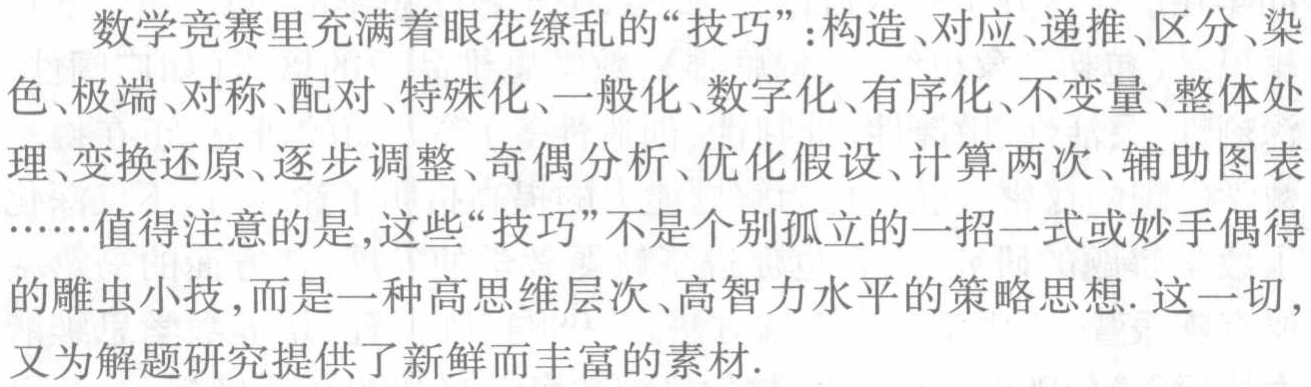
数学竞赛里充满着眼花缭乱的“技巧”：构造、对应、递推、区分、染色、极端、对称、配对、特殊化、一般化、数字化、有序化、不变量、整体处理、变换还原、逐步调整、奇偶分析、优化假设、计算两次、辅助图表……值得注意的是，这些“技巧”不是个别孤立的一招一式或妙手偶得的雕虫小技，而是一种高思维层次、高智力水平的策略思想. 这一切，又为解题研究提供了新鲜而丰富的素材.